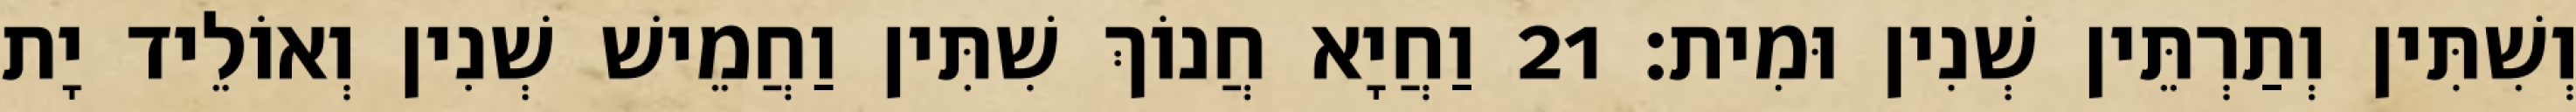
וְשִׁתִּין וְתַרְתֵּין שְׁנִין וּמִית׃ 21 וַחֲיָא חֲנוֹךְ שִׁתִּין וַחֲמֵישׁ שְׁנִין וְאוֹלֵיד יָת